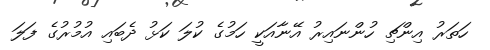
ހަތަރު އިންޗި ހުންނައިރު އޭނާއަކީ ހަމުގެ ކުލަ ކަޅު ދެބައި އުމުރުގެ ފަލަ